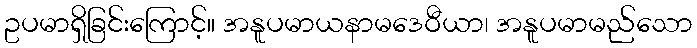
ဥပမာရှိခြင်းကြောင့်။ အနူပမာယနာမဒေဝီယာ၊ အနူပမာမည်သော